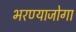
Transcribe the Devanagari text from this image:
भरण्याजोगा